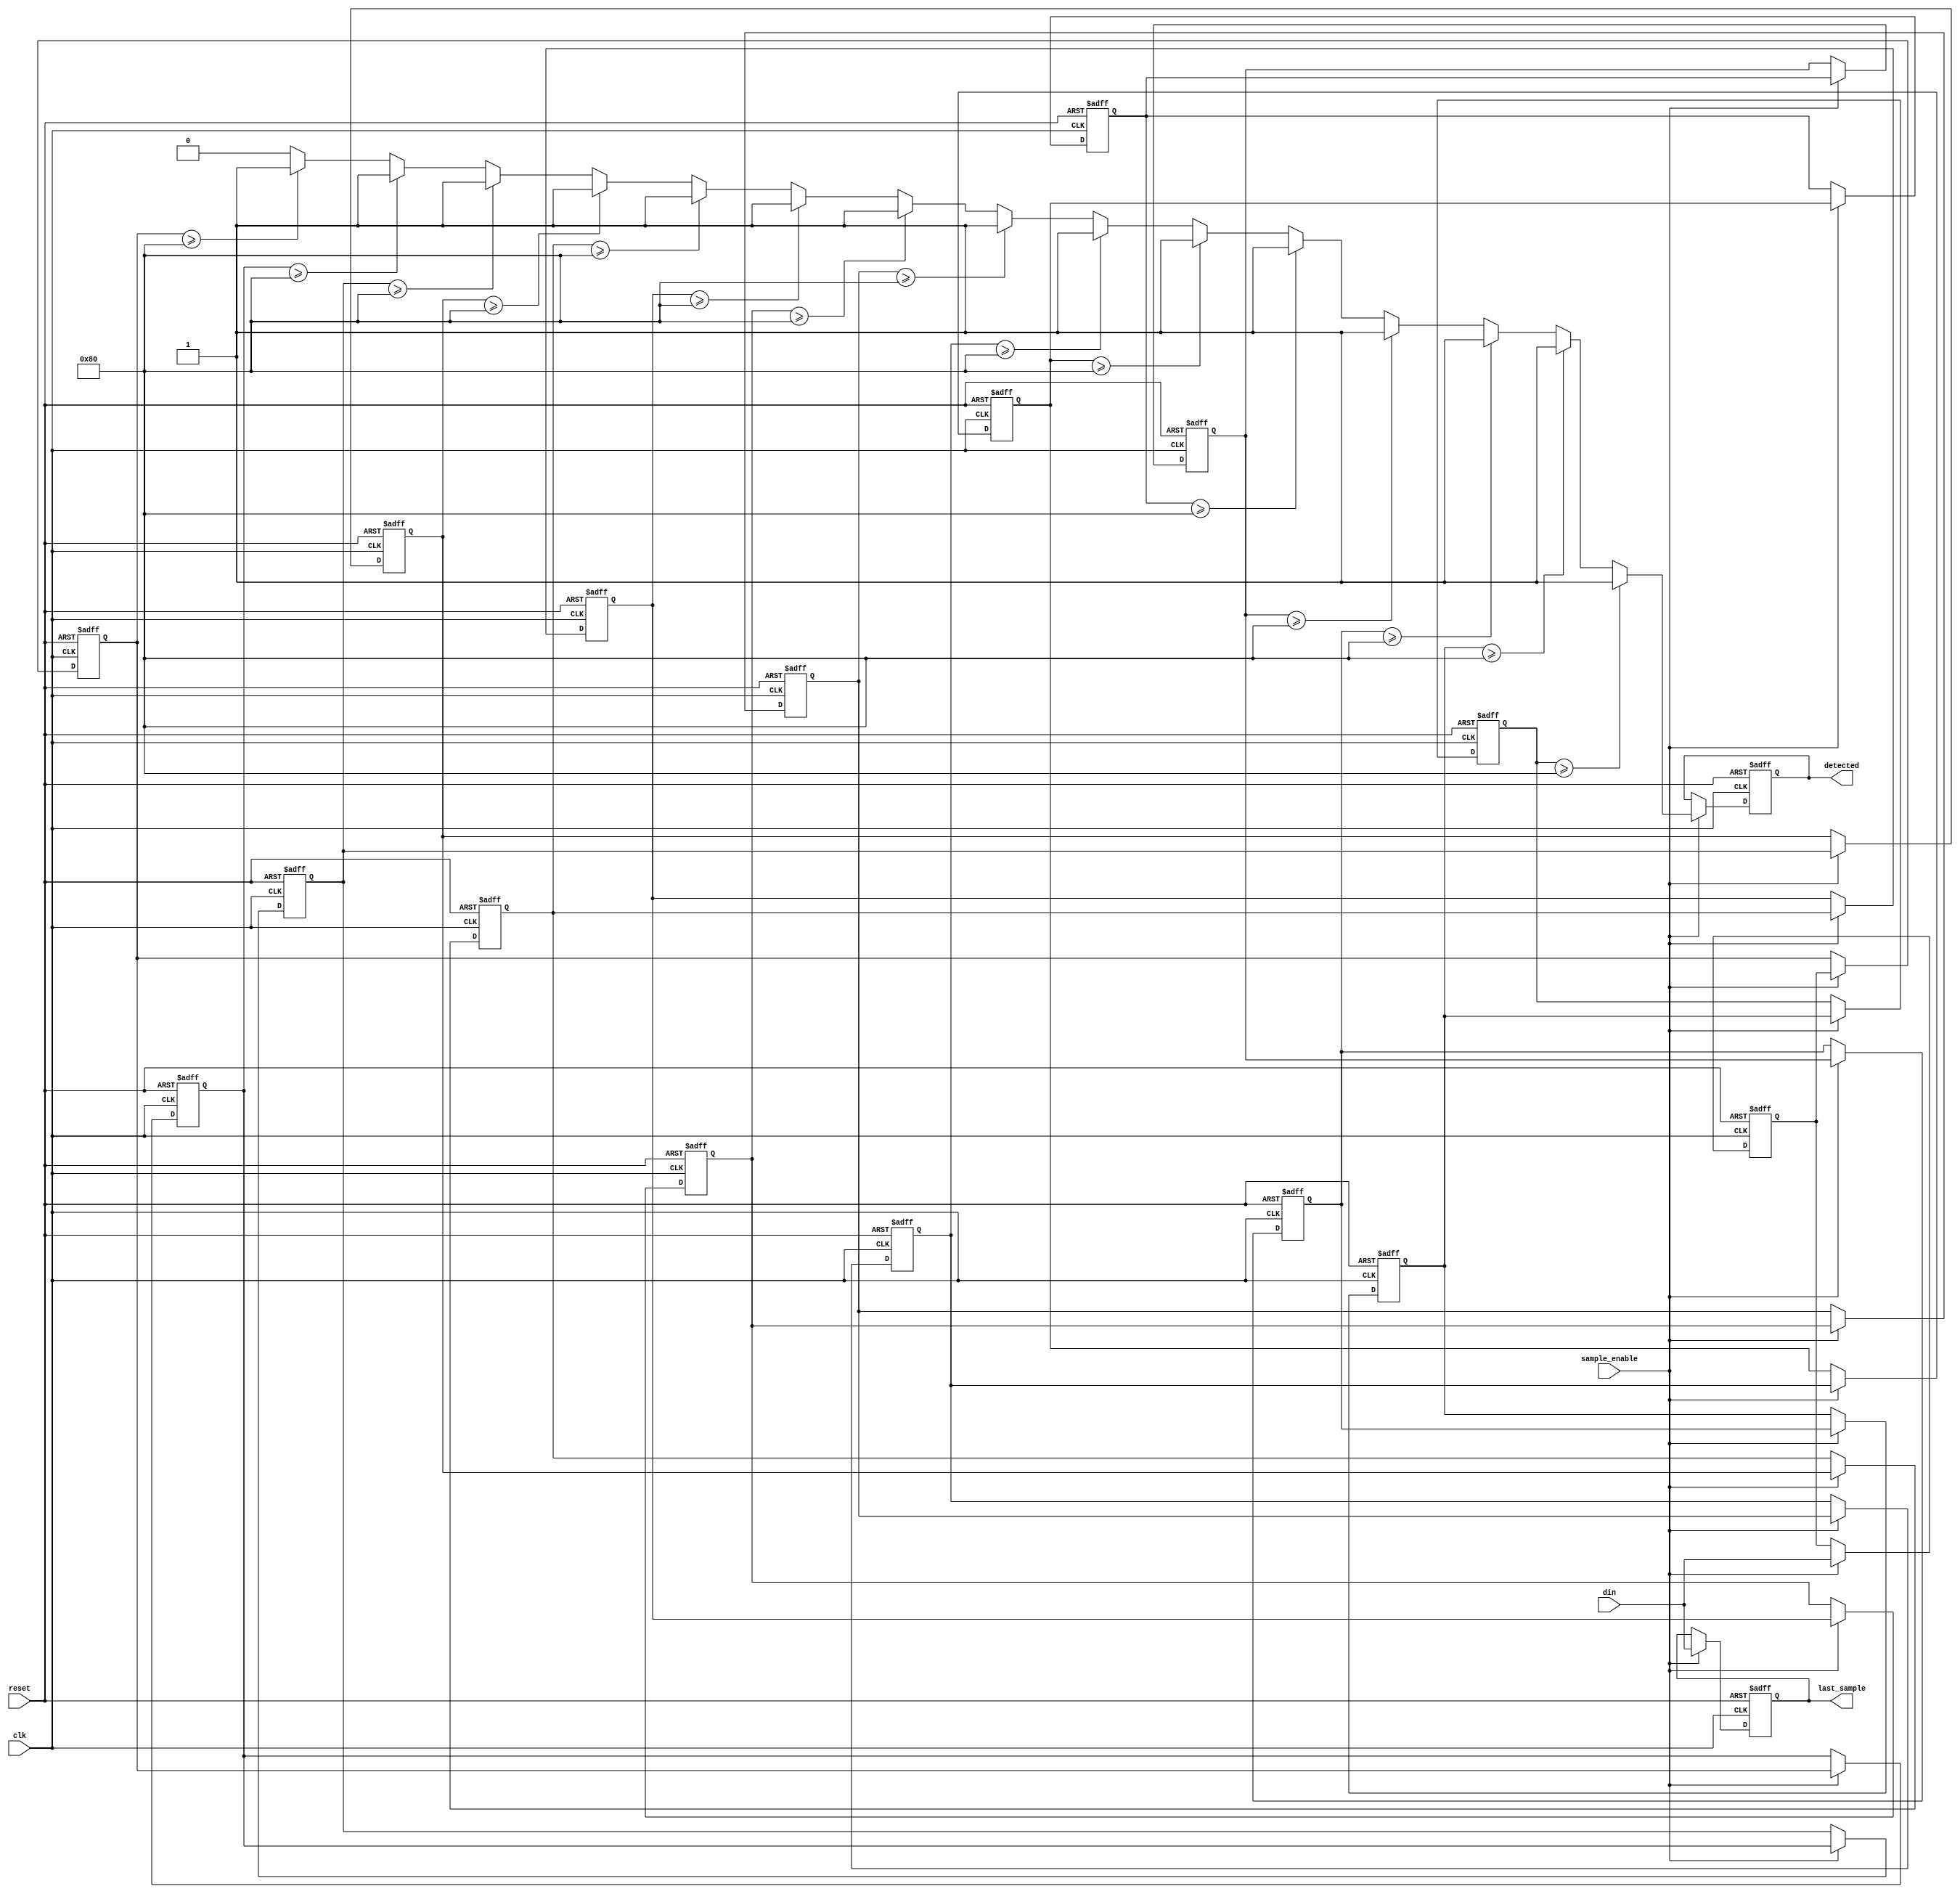
module MemoryBlocksSamplingDelayLineDetector #(
    parameter DATA_WIDTH = 8,         // Width of the input data
    parameter DELAY_LENGTH = 16,      // Number of memory blocks in the delay line
    parameter THRESHOLD = 128          // Example threshold for detection
)(
    input wire clk,                   // Clock signal
    input wire reset,                 // Reset signal
    input wire sample_enable,         // Signal to enable sampling
    input wire [DATA_WIDTH-1:0] din,  // Input data signal
    output reg detected,              // Detection output signal
    output reg [DATA_WIDTH-1:0] last_sample // Last sampled value for debugging
);

    // Memory blocks (delay line)
    reg [DATA_WIDTH-1:0] delay_line [0:DELAY_LENGTH-1];

    // Shift register for delay line
    integer i;

    // Control logic for sampling and detection
    always @(posedge clk or posedge reset) begin
        if (reset) begin
            // Reset all memory blocks and detection signal
            for (i = 0; i < DELAY_LENGTH; i = i + 1) begin
                delay_line[i] <= 0;
            end
            detected <= 0;
            last_sample <= 0;
        end else if (sample_enable) begin
            // Shift the delay line
            for (i = DELAY_LENGTH-1; i > 0; i = i - 1) begin
                delay_line[i] <= delay_line[i-1];
            end
            // Store the new sample in the first memory block
            delay_line[0] <= din;
            last_sample <= din;

            // Compare current sample with delayed samples
            detected <= 0; // Reset detection signal
            for (i = 1; i < DELAY_LENGTH; i = i + 1) begin
                if (delay_line[i] >= THRESHOLD) begin
                    detected <= 1; // Trigger detection if condition met
                end
            end
        end
    end
endmodule